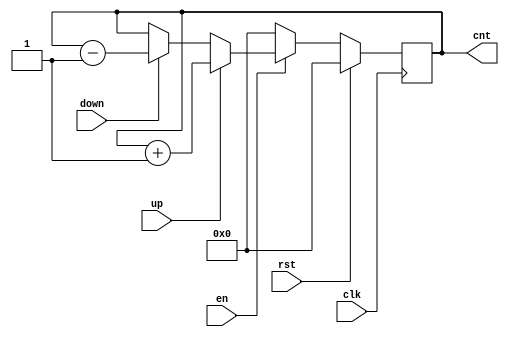
`timescale 1ns / 1ps

module ud_conter_4(clk, rst, en, up, down, cnt);
    input clk;
    input rst;
    input en;
    input up;
    input down;
    output reg [3:0] cnt;
	 
	 always @ (posedge clk)
	 begin
		if(rst)
		begin
			cnt <= 4'd0; //'d means Decimal not Binary
		end
		else
		begin
			if(en) 
			begin
				if(up) //Up button was pressed
				begin
					cnt <= cnt +4'd1;
				end
				else if(down) //Down button was Pressed
				begin
					cnt <= cnt - 4'd1;
				end
				else //Default Case
				begin
					cnt <= cnt;
				end
			end
			else //Disable Signal
			begin
				cnt <= 4'd0;
			end
		end
	end
endmodule